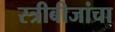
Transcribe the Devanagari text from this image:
स्त्रीबीजांचा